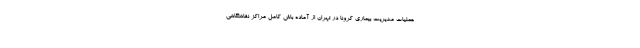
عملیات مدیریت بیماری کرونا در تهران از آماده باش کامل مراکز نقاهتگاهی